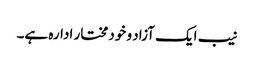
نیب ایک آزاد و خودمختار ادارہ ہے۔